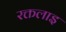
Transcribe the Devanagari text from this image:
रक्तलाइ